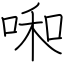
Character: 啝